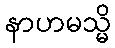
နာဟမသ္မိ